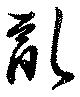
亂